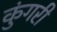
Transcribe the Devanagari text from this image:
कुंगरी